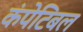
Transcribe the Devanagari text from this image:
कंपेटिबल